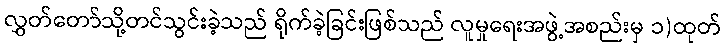
လွှတ်တော်သို့တင်သွင်းခဲ့သည် ရိုက်ခဲ့ခြင်းဖြစ်သည် လူမှုရေးအဖွဲ့အစည်းမှ ၁)ထုတ်